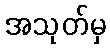
အသုတ်မှ